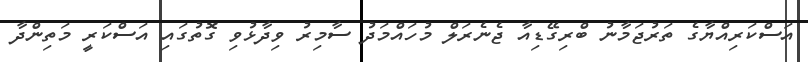
އަސްކަރިއްޔާގެ ތަރުޖަމާނު ބްރިގޭޑިއާ ޖެނެރަލް މުހައްމަދު ސާމިރު ވިދާޅުވި ގޮތުގައި އަސްކަރީ މަތިންދާ